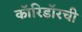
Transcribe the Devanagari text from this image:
कॉरिडॉरची